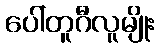
ပေါ်တူဂီလူမျိုး